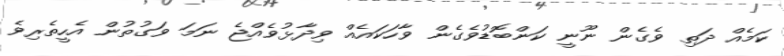
ކަމެއް ދަތި ވެގެން ނޫނީ ކަންބޮޑުވެގެން ވާހަކައެއް ވިދާޅުވެއްޖެ ނަމަ ވަގުތުން އެހީތެރިވެ